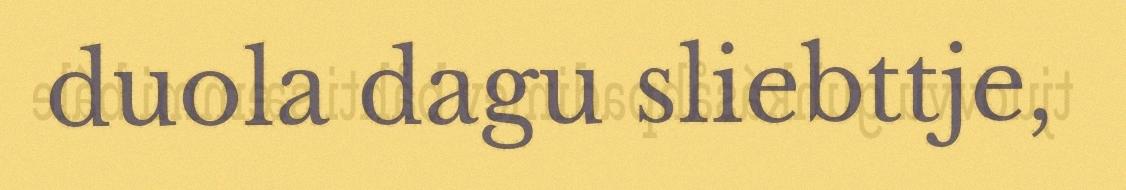
duola dagu sliebttje,